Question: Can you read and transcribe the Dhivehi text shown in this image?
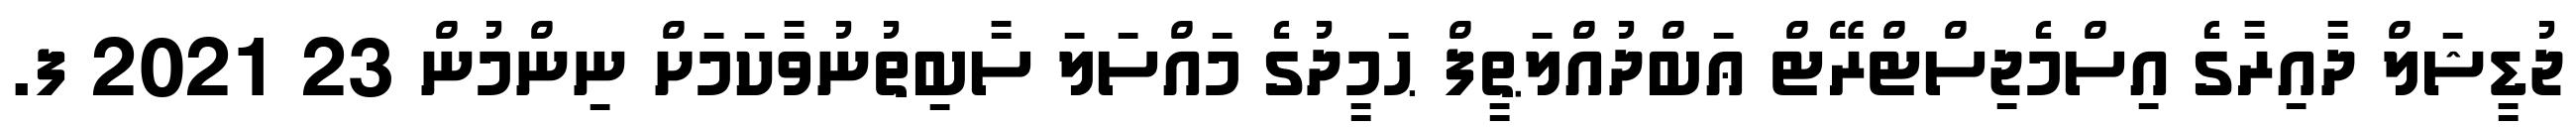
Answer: ޖުޑީޝަލް ދާއިރާގެ އިސްމެޖިސްޓްރޭޓް ޢަބްދުއްލަޠީފް ޙަމީދުގެ މައްސަލަ ސާބިތުނުވާކަމަށް ނިންމުން 23 2021 ފ.